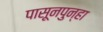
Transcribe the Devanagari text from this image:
पासूनपुन्हा